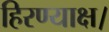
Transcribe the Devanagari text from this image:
हिरण्याक्ष।